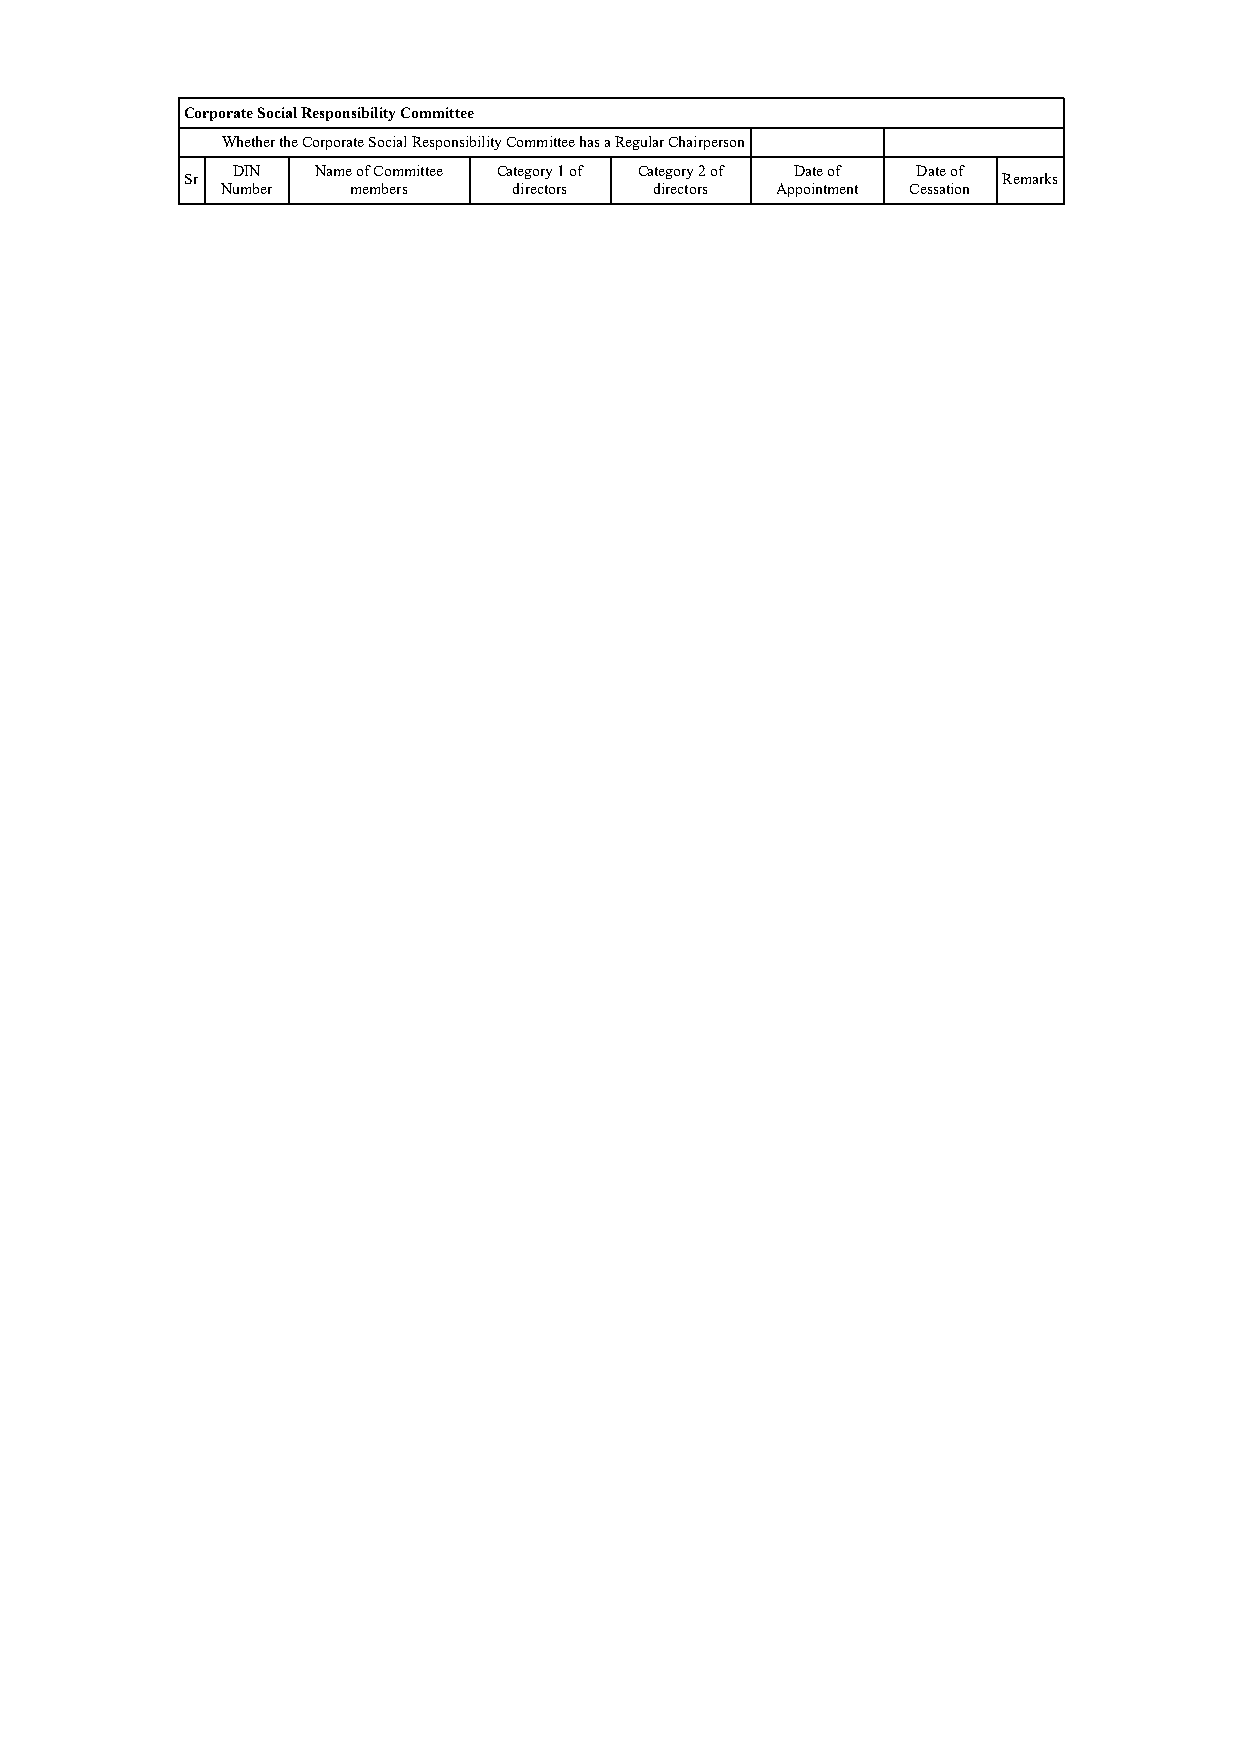
Corporate Social Responsibility Committee
 Whether the Corporate Social Responsibility Committee has a Regular Chairperson
 DIN   Name of Committee Category 1 of Category 2 of Date of Date of
 Sr                                                    Remarks
 Number  members    directors directors Appointment Cessation